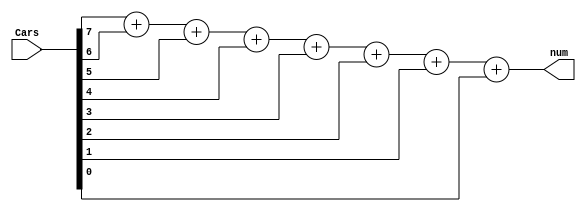
module parking_system(
input [7:0] Cars,
output [3:0] num);

reg [3:0] num;
always @(Cars)
num = Cars[7]+ Cars[6]+ Cars[5]+ Cars[4]+ Cars[3]+ Cars[2]+ Cars[1]+ Cars[0];

endmodule